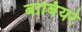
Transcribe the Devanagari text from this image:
बार्बियरे